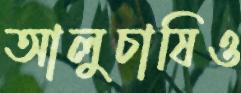
আলুচাষিও